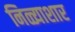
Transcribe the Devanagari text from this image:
निळ्याशार